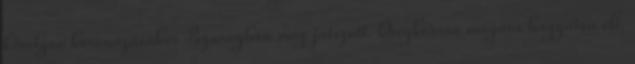
királyné koronázásakor Pozsonyban még játszott. Öregkorára magára hagyatva élt.